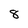
Character: 8